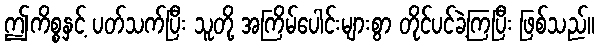
ဤကိစ္စနှင့် ပတ်သက်ပြီး သူတို့ အကြိမ်ပေါင်းများစွာ တိုင်ပင်ခဲ့ကြပြီး ဖြစ်သည်။